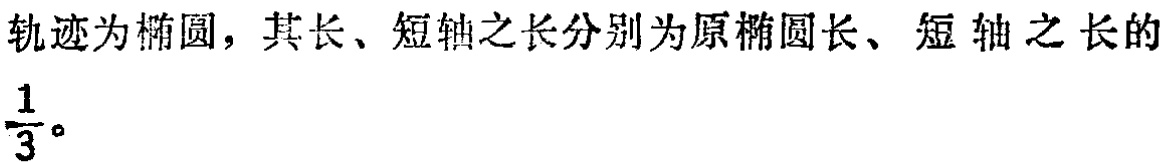
轨迹为椭圆，其长、短轴之长分别为原椭圆长、短 轴 之 长的$\frac{1}{3}$。